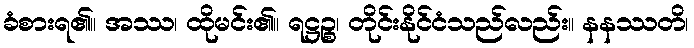
ခံစားရ၏။ အဿ၊ ထိုမင်း၏။ ရဋ္ဌဉ္စ၊ တိုင်းနိုင်ငံသည်လည်း။ နနဿတိ၊